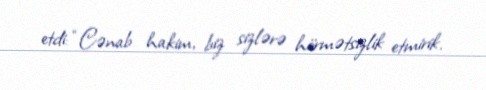
etdi: “Cənab hakim, biz sizlərə hörmətsizlik etmirik.